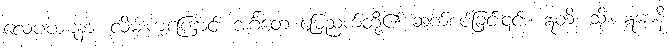
လေပဃဋနာ၊ လိမ်းကျံကြောင်း အင်္ဂတေ မြေညက်တို့၏ ဆက်စပ်ခြင်း၎င်း။ ဣတိ၊ သို့။ ဣမာနိ